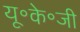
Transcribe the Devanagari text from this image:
यू॰के॰जी